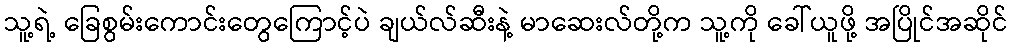
သူ့ရဲ့ ခြေစွမ်းကောင်းတွေကြောင့်ပဲ ချယ်လ်ဆီးနဲ့ မာဆေးလ်တို့က သူ့ကို ခေါ်ယူဖို့ အပြိုင်အဆိုင်